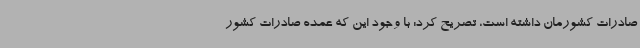
صادرات کشورمان داشته است، تصریح کرد: با وجود این که عمده صادرات کشور